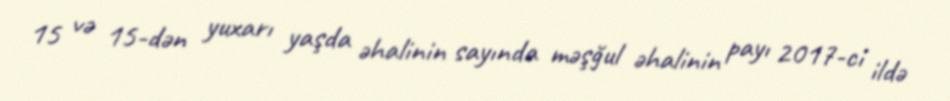
15 və 15-dən yuxarı yaşda əhalinin sayında məşğul əhalinin payı 2017-ci ildə